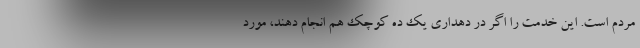
مردم است. این خدمت را اگر در دهداری یک ده کوچک هم انجام دهند، مورد